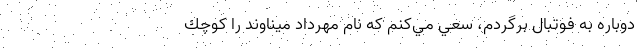
دوباره به فوتبال برگردم، سعي مي‌كنم كه نام مهرداد ميناوند را كوچك